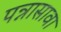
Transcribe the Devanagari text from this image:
पन्नासावा